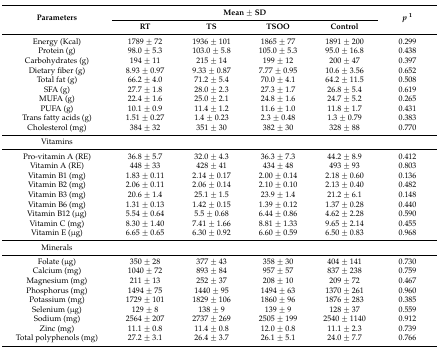
<table><thead><tr><td rowspan="2"><b>Parameters</b></td><td colspan="4"><b>Mean ± SD</b></td><td rowspan="2"><b><i>p</i><sup>1</sup></b></td></tr><tr><td><b>RT</b></td><td><b>TS</b></td><td><b>TSOO</b></td><td><b>Control</b></td></tr></thead><tbody><tr><td>Energy (Kcal)</td><td>1789 ± 72</td><td>1936 ± 101</td><td>1865 ± 77</td><td>1891 ± 200</td><td>0.299</td></tr><tr><td>Protein (g)</td><td>98.0 ± 5.3</td><td>103.0 ± 5.8</td><td>105.0 ± 5.3</td><td>95.0 ± 16.8</td><td>0.438</td></tr><tr><td>Carbohydrates (g)</td><td>194 ± 11</td><td>215 ± 14</td><td>199 ± 12</td><td>200 ± 47</td><td>0.397</td></tr><tr><td>Dietary fiber (g)</td><td>8.93 ± 0.97</td><td>9.33 ± 0.87</td><td>7.77 ± 0.95</td><td>10.6 ± 3.56</td><td>0.652</td></tr><tr><td>Total fat (g)</td><td>66.2 ± 4.0</td><td>71.2 ± 5.4</td><td>70.0 ± 4.1</td><td>64.2 ± 11.5</td><td>0.508</td></tr><tr><td>SFA (g)</td><td>27.7 ± 1.8</td><td>28.0 ± 2.3</td><td>27.3 ± 1.7</td><td>26.8 ± 5.4</td><td>0.619</td></tr><tr><td>MUFA (g)</td><td>22.4 ± 1.6</td><td>25.0 ± 2.1</td><td>24.8 ± 1.6</td><td>24.7 ± 5.2</td><td>0.265</td></tr><tr><td>PUFA (g)</td><td>10.1 ± 0.9</td><td>11.4 ± 1.2</td><td>11.6 ± 1.0</td><td>11.8 ± 1.7</td><td>0.431</td></tr><tr><td>Trans fatty acids (g)</td><td>1.51 ± 0.27</td><td>1.4 ± 0.23</td><td>2.3 ± 0.48</td><td>1.3 ± 0.79</td><td>0.383</td></tr><tr><td>Cholesterol (mg)</td><td>384 ± 32</td><td>351 ± 30</td><td>382 ± 30</td><td>328 ± 88</td><td>0.770</td></tr><tr><td>Vitamins</td><td></td><td></td><td></td><td></td><td></td></tr><tr><td>Pro-vitamin A (RE)</td><td>36.8 ± 5.7</td><td>32.0 ± 4.3</td><td>36.3 ± 7.3</td><td>44.2 ± 8.9</td><td>0.412</td></tr><tr><td>Vitamin A (RE)</td><td>448 ± 33</td><td>428 ± 41</td><td>434 ± 48</td><td>493 ± 93</td><td>0.803</td></tr><tr><td>Vitamin B1 (mg)</td><td>1.83 ± 0.11</td><td>2.14 ± 0.17</td><td>2.00 ± 0.14</td><td>2.18 ± 0.60</td><td>0.136</td></tr><tr><td>Vitamin B2 (mg)</td><td>2.06 ± 0.11</td><td>2.06 ± 0.14</td><td>2.10 ± 0.10</td><td>2.13 ± 0.40</td><td>0.482</td></tr><tr><td>Vitamin B3 (mg)</td><td>20.6 ± 1.4</td><td>25.1 ± 1.5</td><td>23.9 ± 1.4</td><td>21.2 ± 6.1</td><td>0.148</td></tr><tr><td>Vitamin B6 (mg)</td><td>1.31 ± 0.13</td><td>1.42 ± 0.15</td><td>1.39 ± 0.12</td><td>1.37 ± 0.28</td><td>0.440</td></tr><tr><td>Vitamin B12 (μg)</td><td>5.54 ± 0.64</td><td>5.5 ± 0.68</td><td>6.44 ± 0.86</td><td>4.62 ± 2.28</td><td>0.590</td></tr><tr><td>Vitamin C (mg)</td><td>8.30 ± 1.40</td><td>7.41 ± 1.66</td><td>8.81 ± 1.33</td><td>9.65 ± 2.14</td><td>0.455</td></tr><tr><td>Vitamin E (μg)</td><td>6.65 ± 0.65</td><td>6.30 ± 0.92</td><td>6.60 ± 0.59</td><td>6.50 ± 0.83</td><td>0.968</td></tr><tr><td>Minerals</td><td></td><td></td><td></td><td></td><td></td></tr><tr><td>Folate (μg)</td><td>350 ± 28</td><td>377 ± 43</td><td>358 ± 30</td><td>404 ± 141</td><td>0.730</td></tr><tr><td>Calcium (mg)</td><td>1040 ± 72</td><td>893 ± 84</td><td>957 ± 57</td><td>837 ± 238</td><td>0.759</td></tr><tr><td>Magnesium (mg)</td><td>211 ± 13</td><td>252 ± 37</td><td>208 ± 10</td><td>209 ± 72</td><td>0.467</td></tr><tr><td>Phosphorus (mg)</td><td>1494 ± 75</td><td>1440 ± 95</td><td>1494 ± 63</td><td>1370 ± 261</td><td>0.960</td></tr><tr><td>Potassium (mg)</td><td>1729 ± 101</td><td>1829 ± 106</td><td>1860 ± 96</td><td>1876 ± 283</td><td>0.385</td></tr><tr><td>Selenium (μg)</td><td>129 ± 8</td><td>138 ± 9</td><td>139 ± 9</td><td>128 ± 37</td><td>0.559</td></tr><tr><td>Sodium (mg)</td><td>2564 ± 207</td><td>2737 ± 269</td><td>2505 ± 199</td><td>2540 ± 1140</td><td>0.912</td></tr><tr><td>Zinc (mg)</td><td>11.1 ± 0.8</td><td>11.4 ± 0.8</td><td>12.0 ± 0.8</td><td>11.1 ± 2.3</td><td>0.739</td></tr><tr><td>Total polyphenols (mg)</td><td>27.2 ± 3.1</td><td>26.4 ± 3.7</td><td>26.1 ± 5.1</td><td>24.0 ± 7.7</td><td>0.766</td></tr></tbody></table>